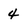
Character: 4